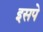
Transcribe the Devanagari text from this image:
इसपे